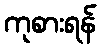
ကုစားရန်